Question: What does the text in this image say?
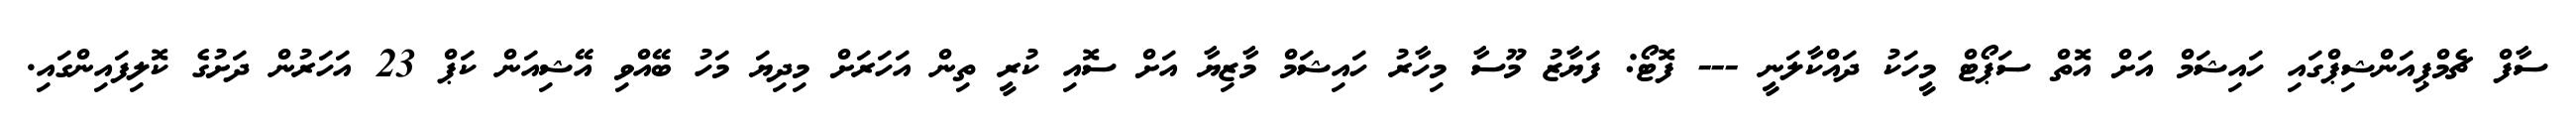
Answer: ސާފް ޗެމްޕިއަންޝިޕްގައި ހައިޝަމް އަށް އޮތް ސަޕޯޓް މީހަކު ދައްކާލަނީ --- ފޮޓޯ: ފަޔާޒު މޫސާ މިހާރު ހައިޝަމް މާޒިޔާ އަށް ސޮއި ކުރީ ތިން އަހަރަށް މިދިޔަ މަހު ބޭއްވި އޭޝިއަން ކަޕް 23 އަހަރުން ދަށުގެ ކޮލިފައިންގައި.